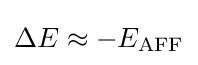
\Delta E\approx -E_{\rm {AFF}}